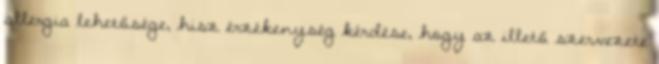
allergia lehetősége, hisz érzékenység kérdése, hogy az illető szervezete